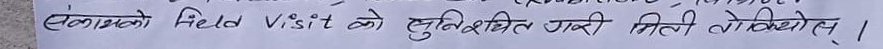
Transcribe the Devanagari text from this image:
संकायको Field Visit को सुनिश्चित गरी मिति लेखियोस् ।